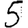
Digit: 5